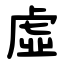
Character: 虛